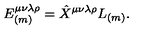
E _ { ( m ) } ^ { \mu \nu \lambda \rho } = \hat { X } ^ { \mu \nu \lambda \rho } L _ { ( m ) } .